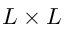
L \times L